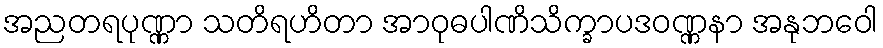
အညတရပုဏ္ဏာ သတိရဟိတာ အာဝုဓပါဏိသိက္ခာပဒဝဏ္ဏနာ အနုဘဝေါ